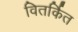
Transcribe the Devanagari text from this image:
वितर्कित